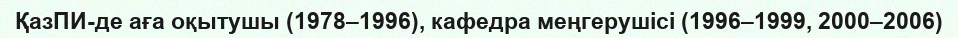
ҚазПИ-де аға оқытушы (1978–1996), кафедра меңгерушісі (1996–1999, 2000–2006)